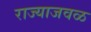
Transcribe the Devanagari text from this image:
राज्याजवळ